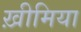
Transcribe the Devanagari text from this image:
ख़ीमिया